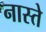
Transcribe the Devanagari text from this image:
नास्‍ते